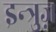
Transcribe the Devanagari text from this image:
इन्त्रुज़